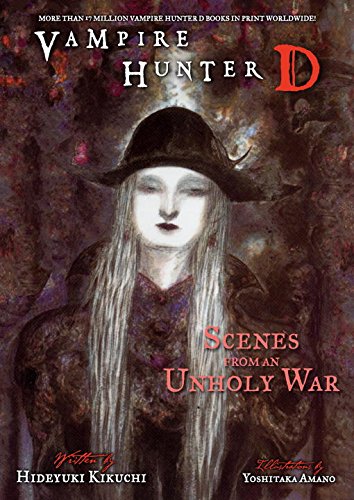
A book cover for Vampire Hunter D Volume 20: Scenes from an Unholy War; Hideyuki Kikuchi; Science Fiction & Fantasy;